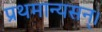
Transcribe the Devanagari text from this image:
प्रथमान्यसन्।